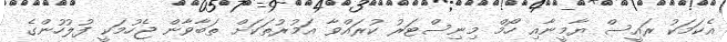
އެކަމަކު ރައީސް ޔާމީނާއި ހޯމް މިނިސްޓަރު ކުރައްވާ އަމުރުތަކަށް ތަބާވާން ޖެހުމަކީ ފުލުހުންގެ